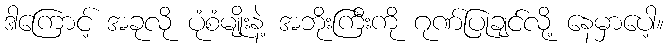
ဒါကြောင့် အခုလို ပုံစံမျိုးနဲ့ အဘိုးကြီးကို ဂုဏ်ပြုချင်လို့ နေမှာပေါ့။